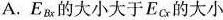
A.E_{Bx}的大小大于E_{Cx}的大小